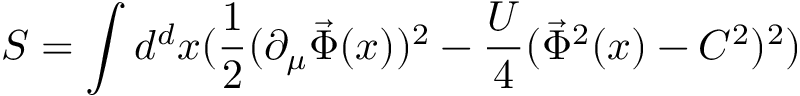
S = \int d ^ { d } x ( \frac { 1 } { 2 } ( \partial _ { \mu } \vec { \Phi } ( x ) ) ^ { 2 } - \frac { U } { 4 } ( \vec { \Phi } ^ { 2 } ( x ) - C ^ { 2 } ) ^ { 2 } )